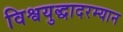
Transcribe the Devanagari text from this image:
विश्वयुद्धादरम्यान